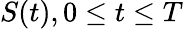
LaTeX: {\mathbf{}}S(t),0\leq t\leq T